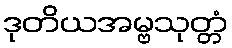
ဒုတိယအမ္ဗသုတ္တံ